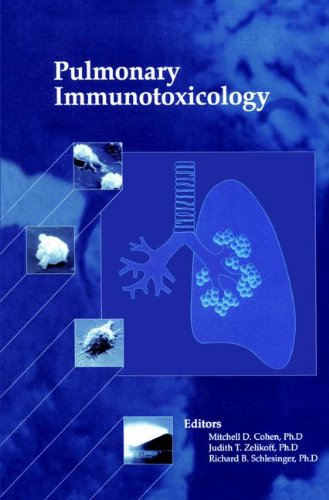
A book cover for Pulmonary Immunotoxicology; Medical Books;